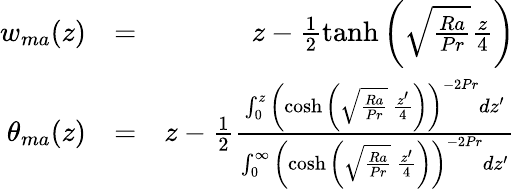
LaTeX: \begin{array}{rlr}{w_{ma}(z)}&{=}&{z-\frac{1}{2}\operatorname{tanh}\left(\sqrt{\frac{Ra}{Pr}}\frac{z}{4}\right)}\\ {\theta_{ma}(z)}&{=}&{z-\frac{1}{2}\frac{\int_{0}^{z}\left(\cosh{\left(\sqrt{\frac{Ra}{Pr}}\ \frac{z^{\prime}}{4}\right)}\right)^{-2Pr}dz^{\prime}}{\int_{0}^{\infty}\left(\cosh{\left(\sqrt{\frac{Ra}{Pr}}\ \frac{z^{\prime}}{4}\right)}\right)^{-2Pr}dz^{\prime}}}\end{array}